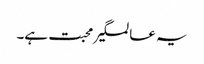
یہ عالمگیر محبت ہے۔